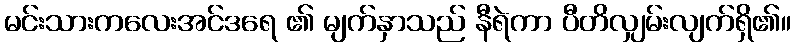
မင်းသားကလေးအင်ဒရေ ၏ မျက်နှာသည် နီရဲကာ ပီတိလျှမ်းလျက်ရှိ၏။